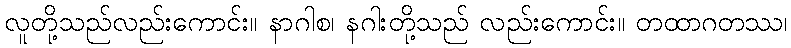
လူတို့သည်လည်းကောင်း။ နာဂါစ၊ နဂါးတို့သည် လည်းကောင်း။ တထာဂတဿ၊